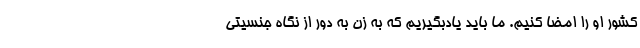
کشور او را امضا کنیم. ما باید یادبگیریم که به زن به دور از نگاه جنسیتی